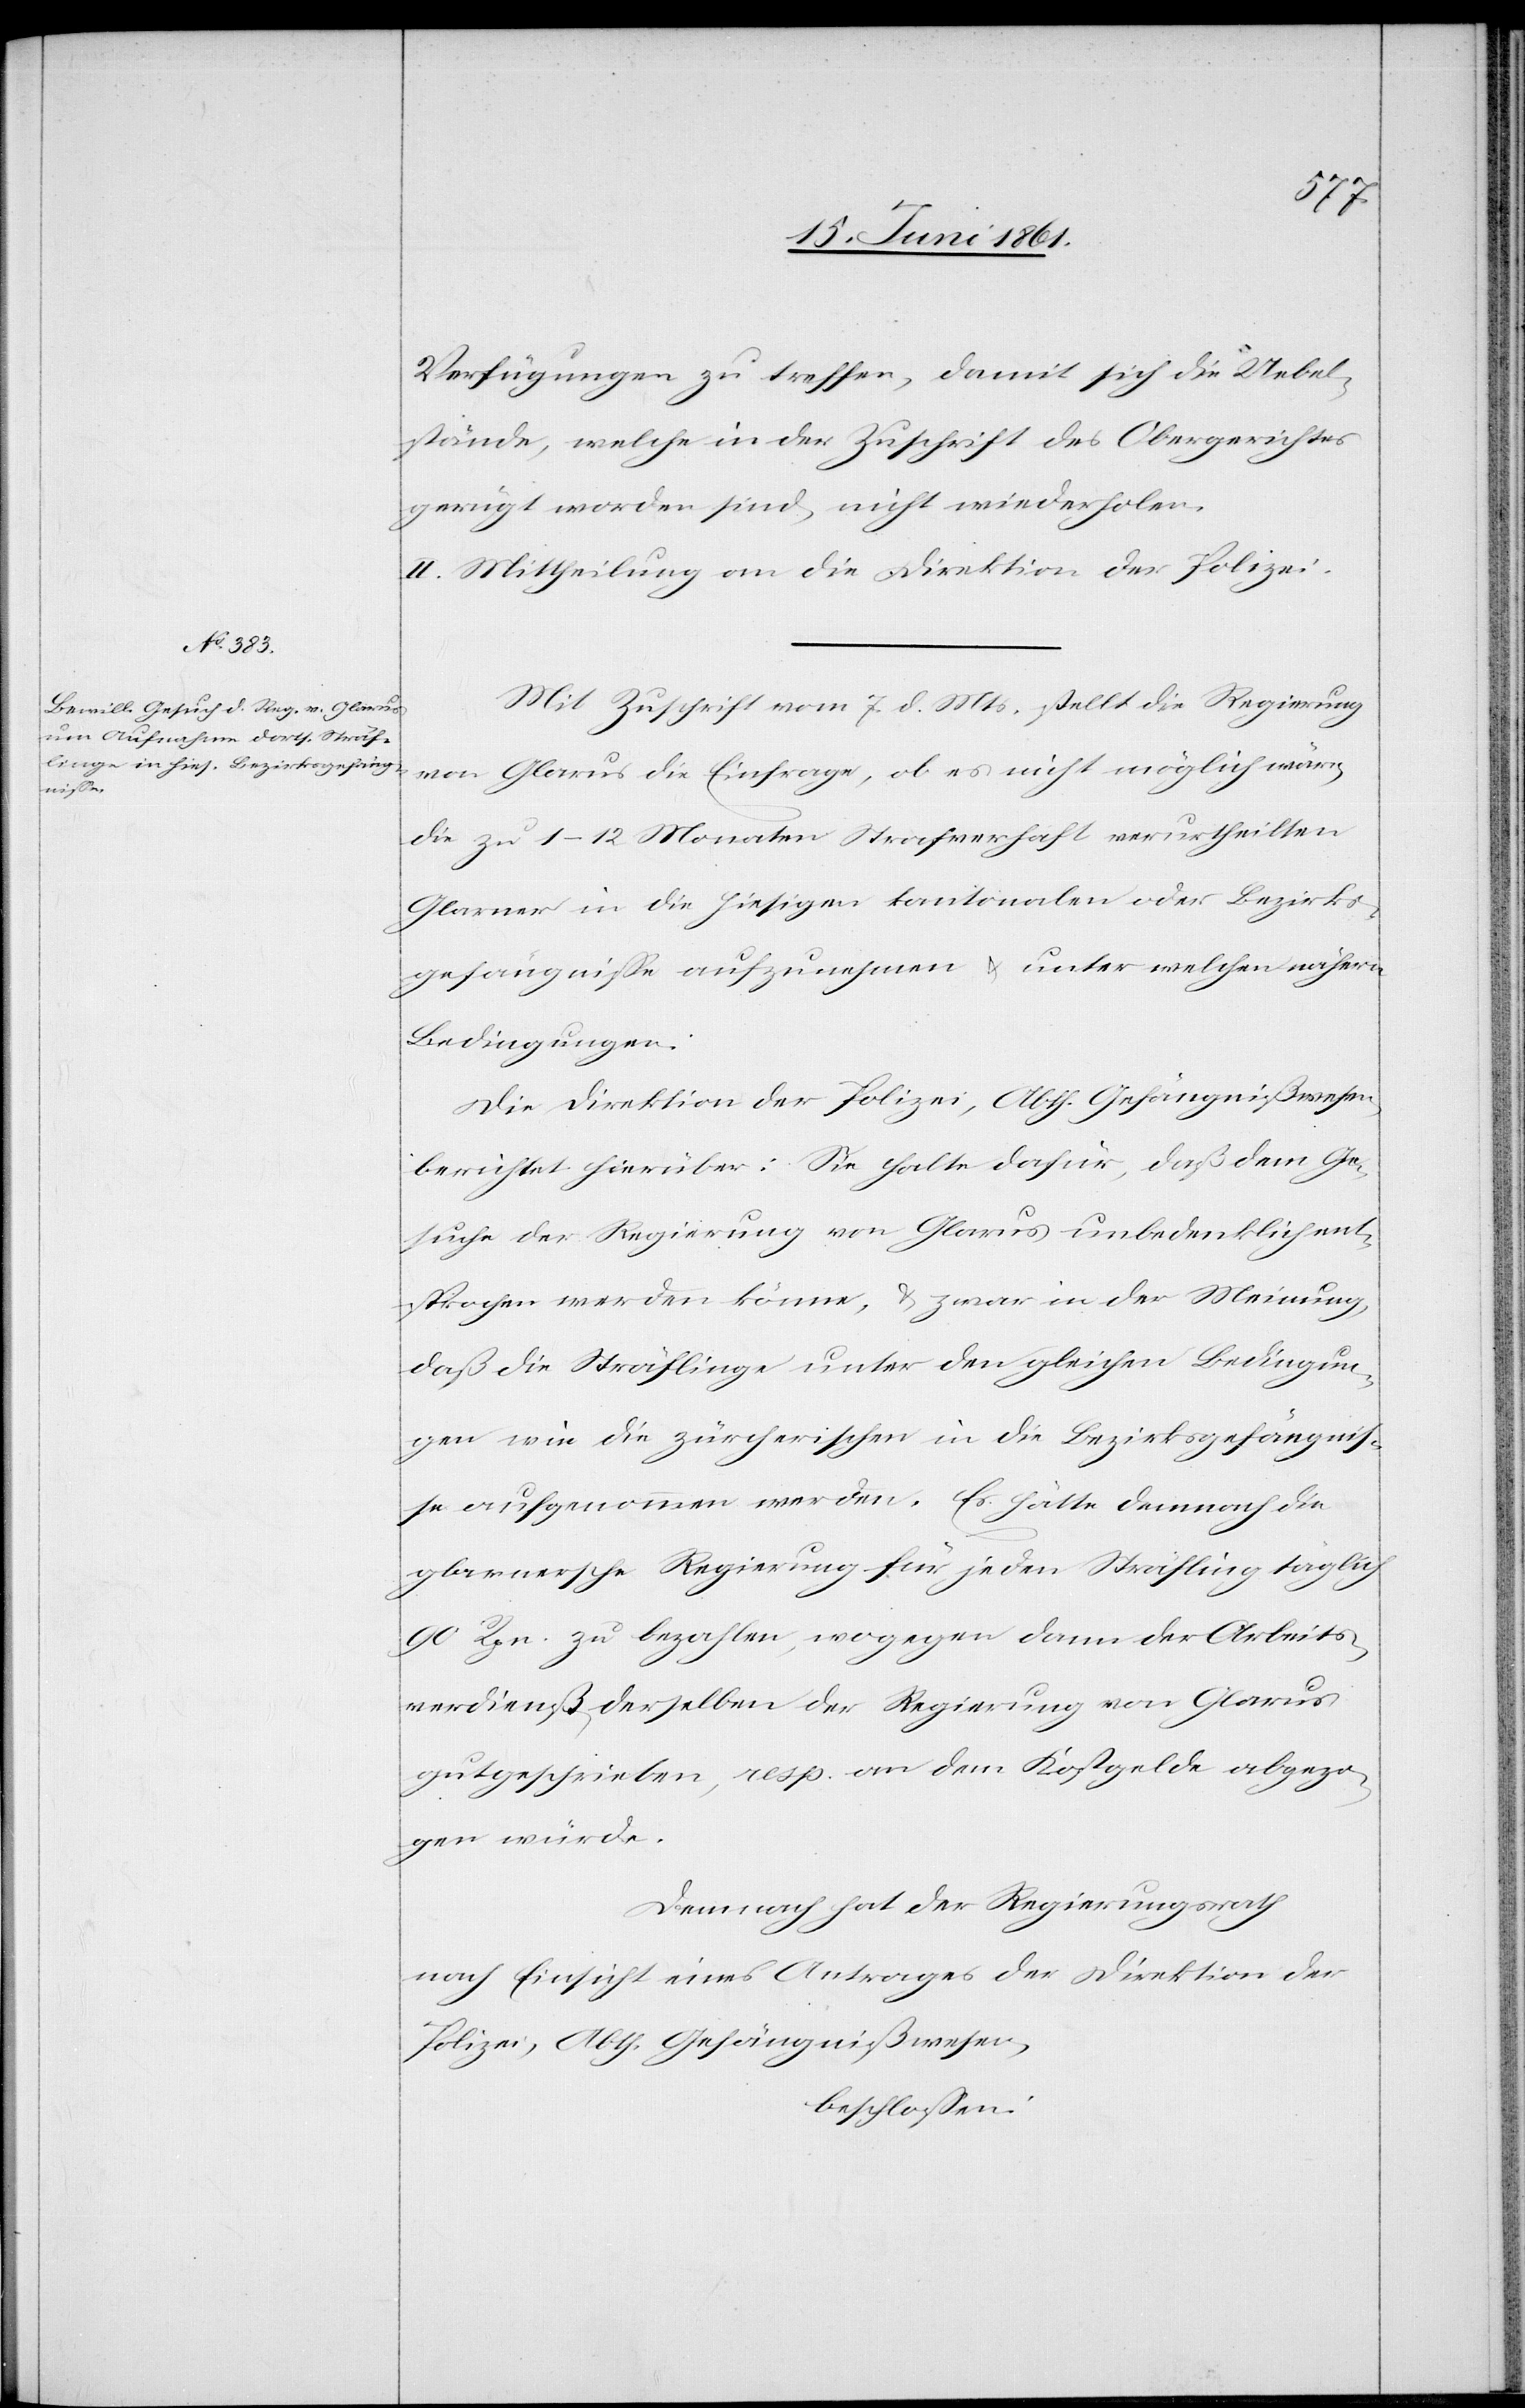
Verfügungen zu treffen, damit sich die Uebel¬
stände, welche in der Zuschrift des Obergerichtes
gerügt worden sind, nicht wiederholen.
II. Mittheilung an die Direktion der Polizei.
Mit Zuschrift vom 7. d. Mts. stellt die Regierung
von Glarus die Einfrage, ob es nicht möglich wäre,
die zu 1–12 Monaten Strafverhaft verurtheilten
Glarner in die hiesigen kantonalen oder Bezirks¬
gefängnisse aufzunehmen u. unter welchen nähern
Bedingungen.
Die Direktion der Polizei, Abth. Gefängnißwesen,
berichtet hierüber: Sie halte dafür, daß dem Ge¬
suche der Regierung von Glarus unbedenklich ent¬
sprochen werden könne, u. zwar in der Meinung,
daß die Sträflinge unter den gleichen Bedingun¬
gen wie die zürcherischen in die Bezirksgefängnis¬
se aufgenommen werden. Es hätte demnach die
glarnersche Regierung für jeden Sträfling taglich
90 Rpn. zu bezahlen, wogegen dann der Arbeits¬
verdienst derselben der Regierung von Glarus
gutgeschrieben, resp. an dem Kostgelde abgezo¬
gen würde.
Demnach hat der Regierungsrath
nach Einsicht eines Antrages der Direktion der
Polizei, Abth. Gefängißwesen,
beschlossen: